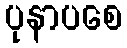
ပုနာပစေ